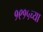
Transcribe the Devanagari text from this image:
१९१५च्या